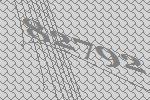
82792